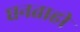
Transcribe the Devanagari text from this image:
घनताही